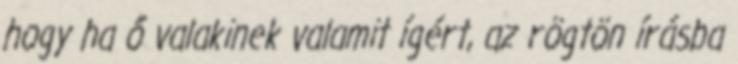
hogy ha ő valakinek valamit ígért, az rögtön írásba